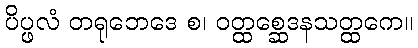
ပိပ္ဖလံ တရုဘေဒေ စ၊ ဝတ္ထစ္ဆေဒနသတ္ထကေ။